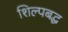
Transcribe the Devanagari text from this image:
शिल्पबद्ध